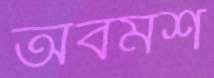
অবমর্শ